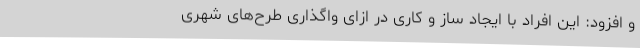
و افزود: این افراد با ایجاد ساز و کاری در ازای واگذاری طرح‌های شهری